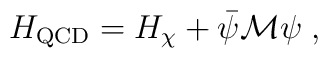
H_{\mathrm{QCD}} = H_\chi + \bar \psi \mathcal{M} \psi \; ,